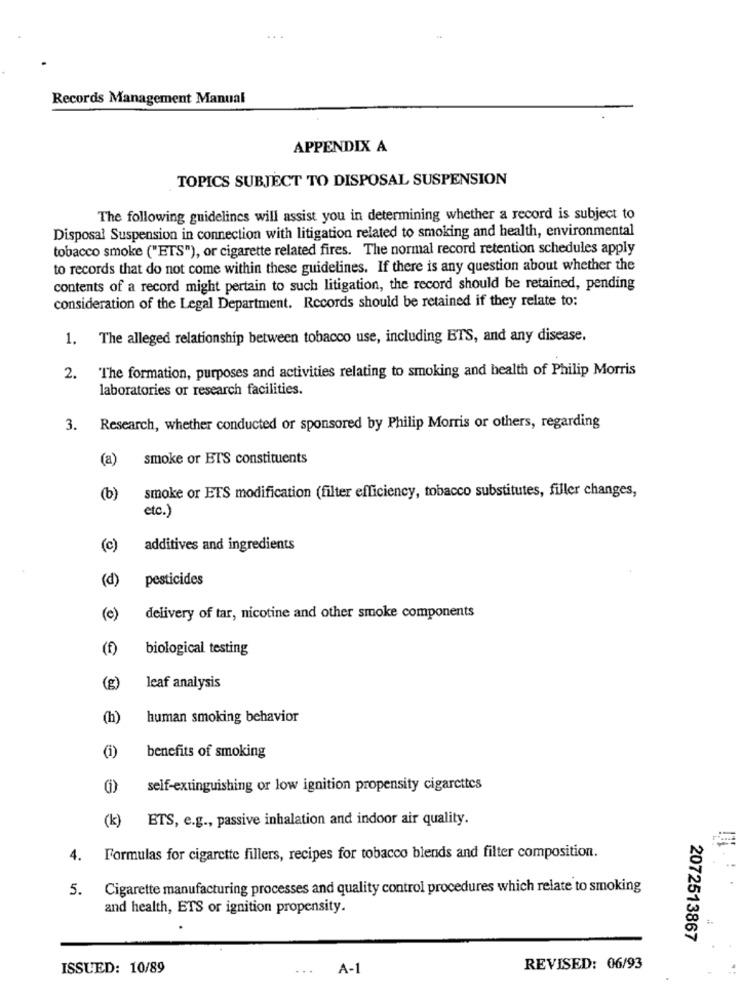
Records Management Manual
APPENDIX A
TOPICS SUBJECT TO DISPOSAL SUSPENSION
The following guidelines will assist you in determining whether a record is subject to
Disposal Suspension in connection with litigation related to smoking and health, environmental
tobacco smoke ("ETS"), or cigarette related fires. The normal record retention schedules apply
to records that do not come within these guidelines. If there is any question about whether the
contents of a record might pertain to such litigation, the record should be retained, pending
consideration of the Legal Department. Records should be retained if they relate to:
1. The alleged relationship between tobacco use, including BTS, and any disease.
The formation, purposes and activities relating to smoking and health of Philip Morris
2.
laboratories or research facilities.
3. Research, whether conducted or sponsored by Philip Morris or others, regarding
(a)
smoke or ETS constituents
smoke or ETS modification (filter efficiency, tobacco substitutes, filler changes,
(b)
etc.)
(c)
additives and ingredients
(d)
pesticides
(c)
delivery of tar, nicotine and other smoke components
(f)
biological testing
(g)
leaf analysis
(h)
human smoking behavior
(i)
benefits of smoking
()
self-extinguishing or low ignition propensity cigarettes
(k) ETS, e.g ., passive inhalation and indoor air quality.
4.
Formulas for cigarette fillers, recipes for tobacco blends and filter composition.
5. Cigarette manufacturing processes and quality control procedures which relate to smoking
and health, ETS or ignition propensity.
2072513867
ISSUED: 10/89
...
A-1
REVISED: 06/93